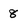
Character: 8